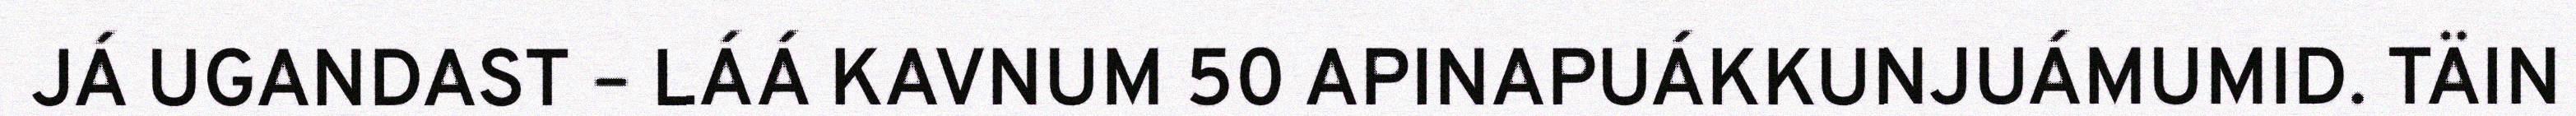
JÁ UGANDAST – LÁÁ KAVNUM 50 APINAPUÁKKUNJUÁMUMID. TÄIN